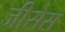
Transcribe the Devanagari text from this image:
जीसेस